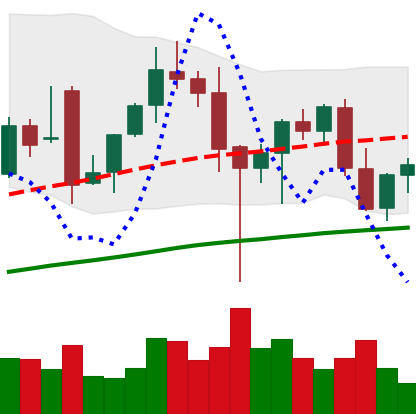
Ticker: ETH-USD
Chart end date: 2021-12-12
Forward return: -6.167%
Label: down_5_7